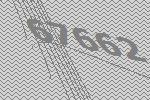
67662